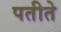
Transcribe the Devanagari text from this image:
पतीते